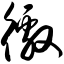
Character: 徼